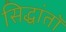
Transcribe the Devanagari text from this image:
सिद्धांतॉ